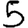
Digit: 5